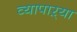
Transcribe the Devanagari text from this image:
व्यापाऱ्या